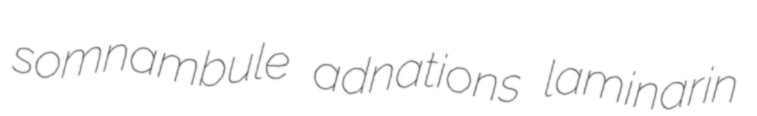
somnambule adnations laminarin